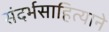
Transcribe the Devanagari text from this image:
संदर्भसाहित्याने